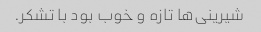
شیرینی‌ها تازه و خوب بود با تشکر.